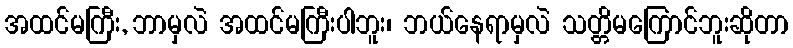
အထင်မကြီး, ဘာမှလဲ အထင်မကြီးပါဘူး၊ ဘယ်နေရာမှလဲ သတ္တိမကြောင်ဘူးဆိုတာ